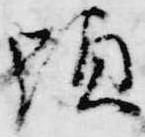
顕